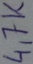
Text: 4,7K